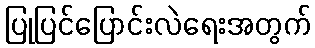
ပြုပြင်ပြောင်းလဲရေးအတွက်